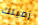
زميلك